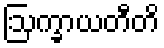
ဩက္ခာယတီတိ